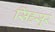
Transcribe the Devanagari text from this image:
सिंहसूर